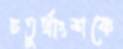
চতুর্থাংশকে